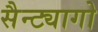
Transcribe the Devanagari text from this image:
सैन्ट्यागो